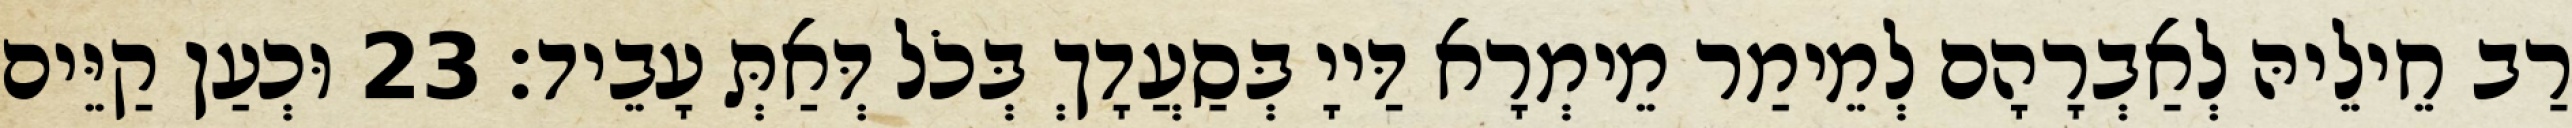
רַב חֵילֵיהּ לְאַבְרָהָם לְמֵימַר מֵימְרָא דַּייָ בְּסַעֲדָךְ בְּכֹל דְּאַתְּ עָבֵיד׃ 23 וּכְעַן קַיֵּים